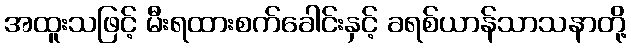
အထူးသဖြင့် မီးရထားစက်ခေါင်းနှင့် ခရစ်ယာန်သာသနာတို့